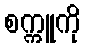
စက္ကူကို